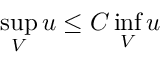
\operatorname* { s u p } _ { V } u \leq C \operatorname* { i n f } _ { V } u